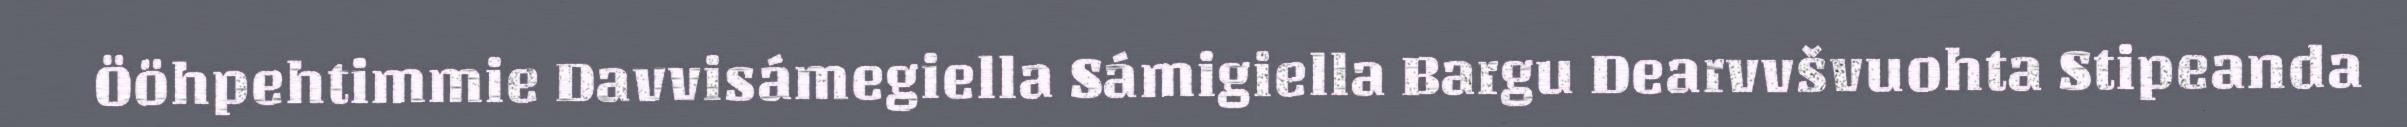
Ööhpehtimmie Davvisámegiella Sámigiella Bargu Dearvvšvuohta Stipeanda